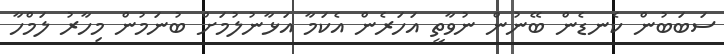
ސަބަބުން ކެނޑެން ބޭނުން ނުވާތީ އަހަރެން އެކަމާ އަޅާނުލުމަށް ބުނަމުން މިހާރު ލަމްހާ